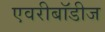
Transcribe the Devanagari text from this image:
एवरीबॉडीज